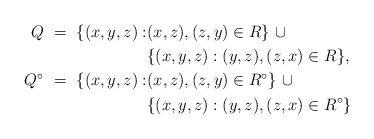
LaTeX: \begin{align*} Q \ = \ \{ (x,y,z) : &(x,z), (z,y) \in R \} \ \cup \\ &\{ (x,y,z) : (y,z),(z,x) \in R \}, \\ Q^{\circ} \ = \ \{ (x,y,z) : &(x,z), (z,y) \in R^{\circ} \} \ \cup \\ &\{ (x,y,z) : (y,z),(z,x) \in R^{\circ} \} \end{align*}